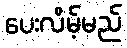
ပေးလိမ့်မည်